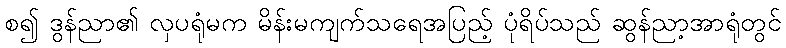
စ၍ ဒွန်ညာ၏ လှပရုံမက မိန်းမကျက်သရေအပြည့် ပုံရိပ်သည် ဆွန်ညာ့အာရုံတွင်